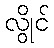
လွိုင်